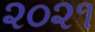
૨૦૨૧